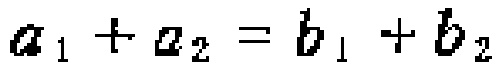
\(a_{1} + a_{2} = b_{1} + b_{2}\)